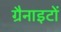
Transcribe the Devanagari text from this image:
ग्रैनाइटों